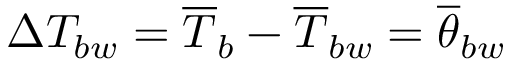
\Delta T _ { b w } = \overline { { T } } _ { b } - \overline { { T } } _ { b w } = \overline { { \theta } } _ { b w }